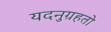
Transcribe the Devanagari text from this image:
यदनुग्रहतो